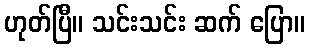
ဟုတ်ပြီ။ သင်းသင်း ဆက် ပြော။